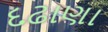
દઢાણા